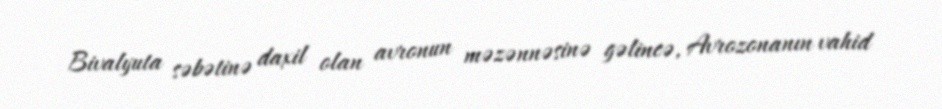
Bivalyuta səbətinə daxil olan avronun məzənnəsinə gəlincə, Avrozonanın vahid